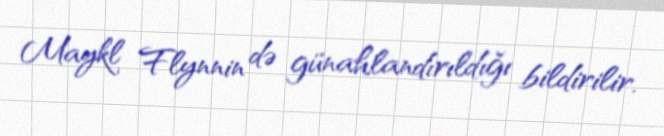
Maykl Flynnin də günahlandırıldığı bildirilir.